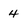
Character: 4